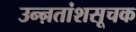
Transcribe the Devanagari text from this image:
उन्ऩतांशसूचक